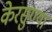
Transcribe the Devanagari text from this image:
केरसुण्या